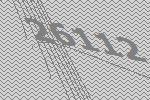
26112